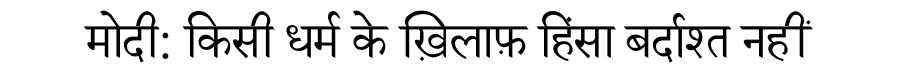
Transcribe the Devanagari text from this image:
मोदी: किसी धर्म के ख़िलाफ़ हिंसा बर्दाश्त नहीं